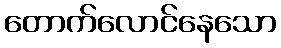
တောက်လောင်နေသော